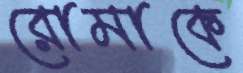
রোমাকে